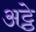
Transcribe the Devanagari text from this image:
अट्ठे